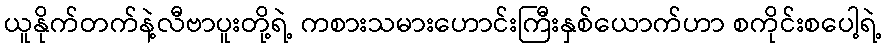
ယူနိုက်တက်နဲ့လီဗာပူးတို့ရဲ့ ကစားသမားဟောင်းကြီးနှစ်ယောက်ဟာ စကိုင်းစပေါ့ရဲ့